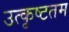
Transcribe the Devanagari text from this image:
उत्‍कृष्‍टतम